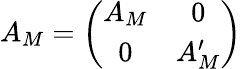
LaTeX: A_{M}=\left(\begin{array}{cc}{{A_{M}}}&{{0}}\\ {{0}}&{{A_{M}^{\prime}}}\end{array}\right)